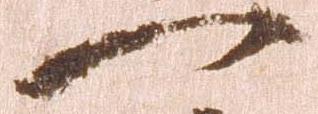
一